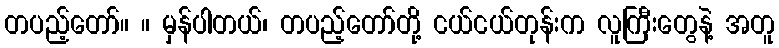
တပည့်တော်။ ။ မှန်ပါတယ်၊ တပည့်တော်တို့ ငယ်ငယ်တုန်းက လူကြီးတွေနဲ့ အတူ